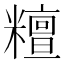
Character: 𥼷